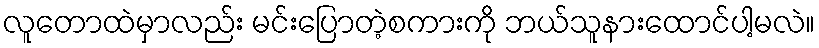
လူတောထဲမှာလည်း မင်းပြောတဲ့စကားကို ဘယ်သူနားထောင်ပါ့မလဲ။